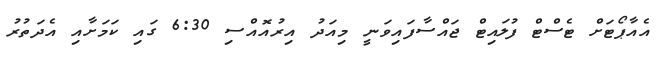
އެއާޕޯޓަށް ޓެސްޓް ފުލައިޓް ޖައްސާފައިވަނީ މިއަދު އިރުއޮއްސި 6:30 ގައި ކަމަށާއި އެދަތުރު